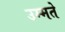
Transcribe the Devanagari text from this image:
उम्मते